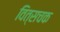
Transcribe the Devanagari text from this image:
वित्सचक